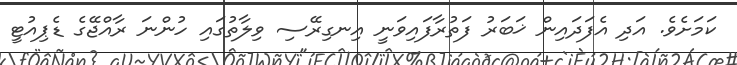
ކަމަށެވެ. އަދި އެފަދައިން ޚަބަރު ފަތުރާފައިވަނީ އިނގިރޭސި ވިލާތުގައި ހުންނަ ރާއްޖޭގެ ޑެޕިއުޓީ